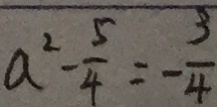
a ^ { 2 } - \frac { 5 } { 4 } = - \frac { 3 } { 4 }